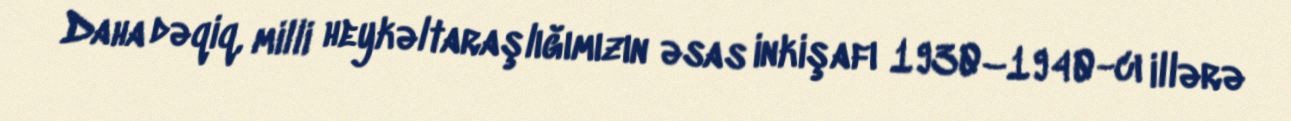
Daha dəqiq, milli heykəltaraşlığımızın əsas inkişafı 1930–1940-cı illərə